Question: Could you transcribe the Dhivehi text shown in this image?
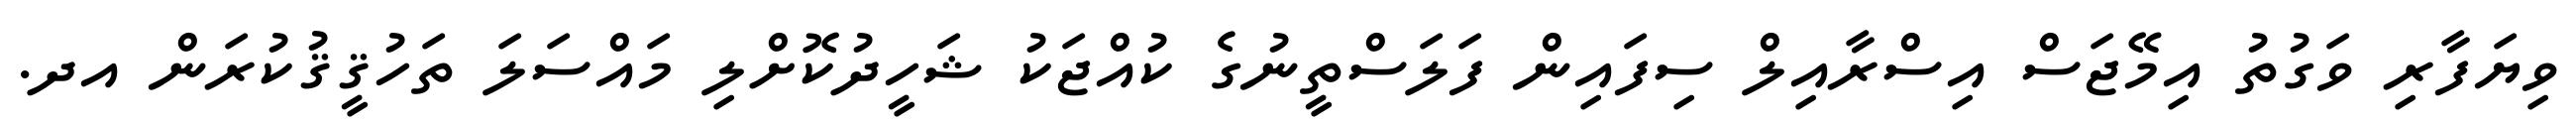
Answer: ވިޔަފާރި ވަގުތު އިމޭޖަސް އިސްރާއިލް ސިފައިން ފަލަސްތީނުގެ ކުއްޖަކު ޝަހީދުކޮށްލި މައްސަލަ ތަހުޤީޤުކުރަން އދ.